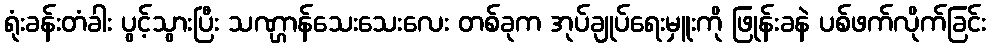
ရုံးခန်းတံခါး ပွင့်သွားပြီး သဏ္ဌာန်သေးသေးလေး တစ်ခုက အုပ်ချုပ်ရေးမှူးကို ဖြုန်းခနဲ ပစ်ဖက်လိုက်ခြင်း